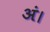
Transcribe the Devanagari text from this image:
अं।